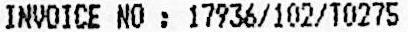
INVOICE NO : 17936/102/T0275